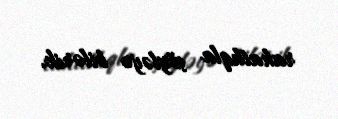
rahatlıqla söyləyə bilərik.